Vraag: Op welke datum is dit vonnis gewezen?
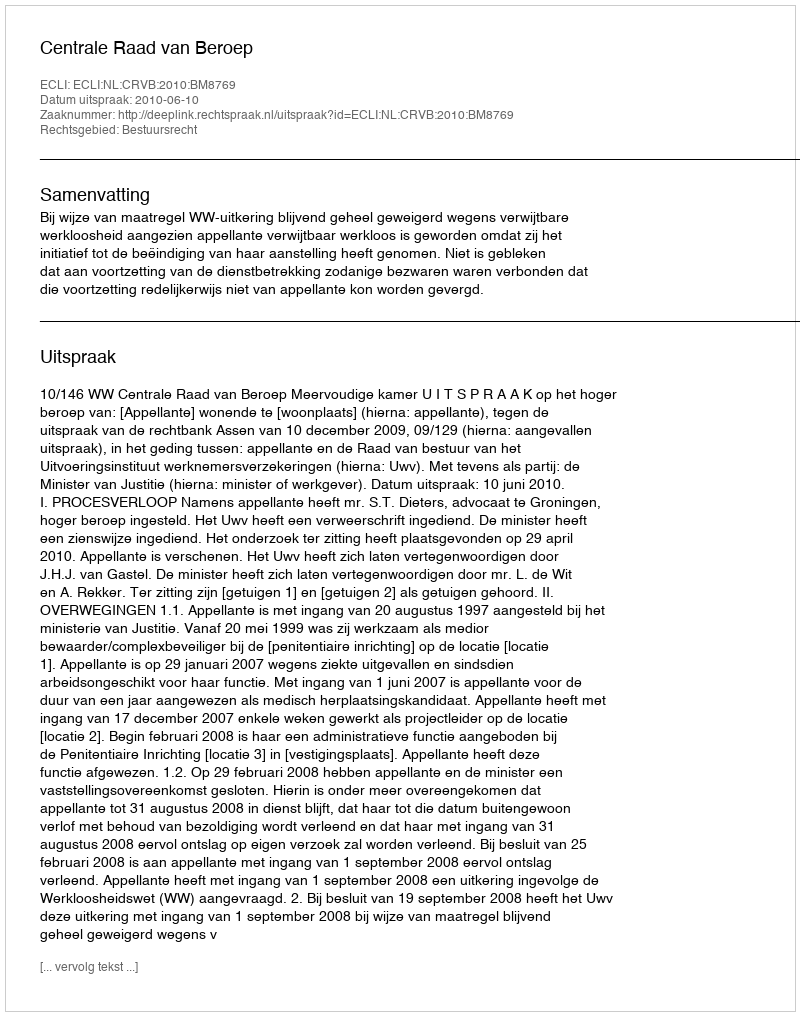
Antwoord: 2010-06-10